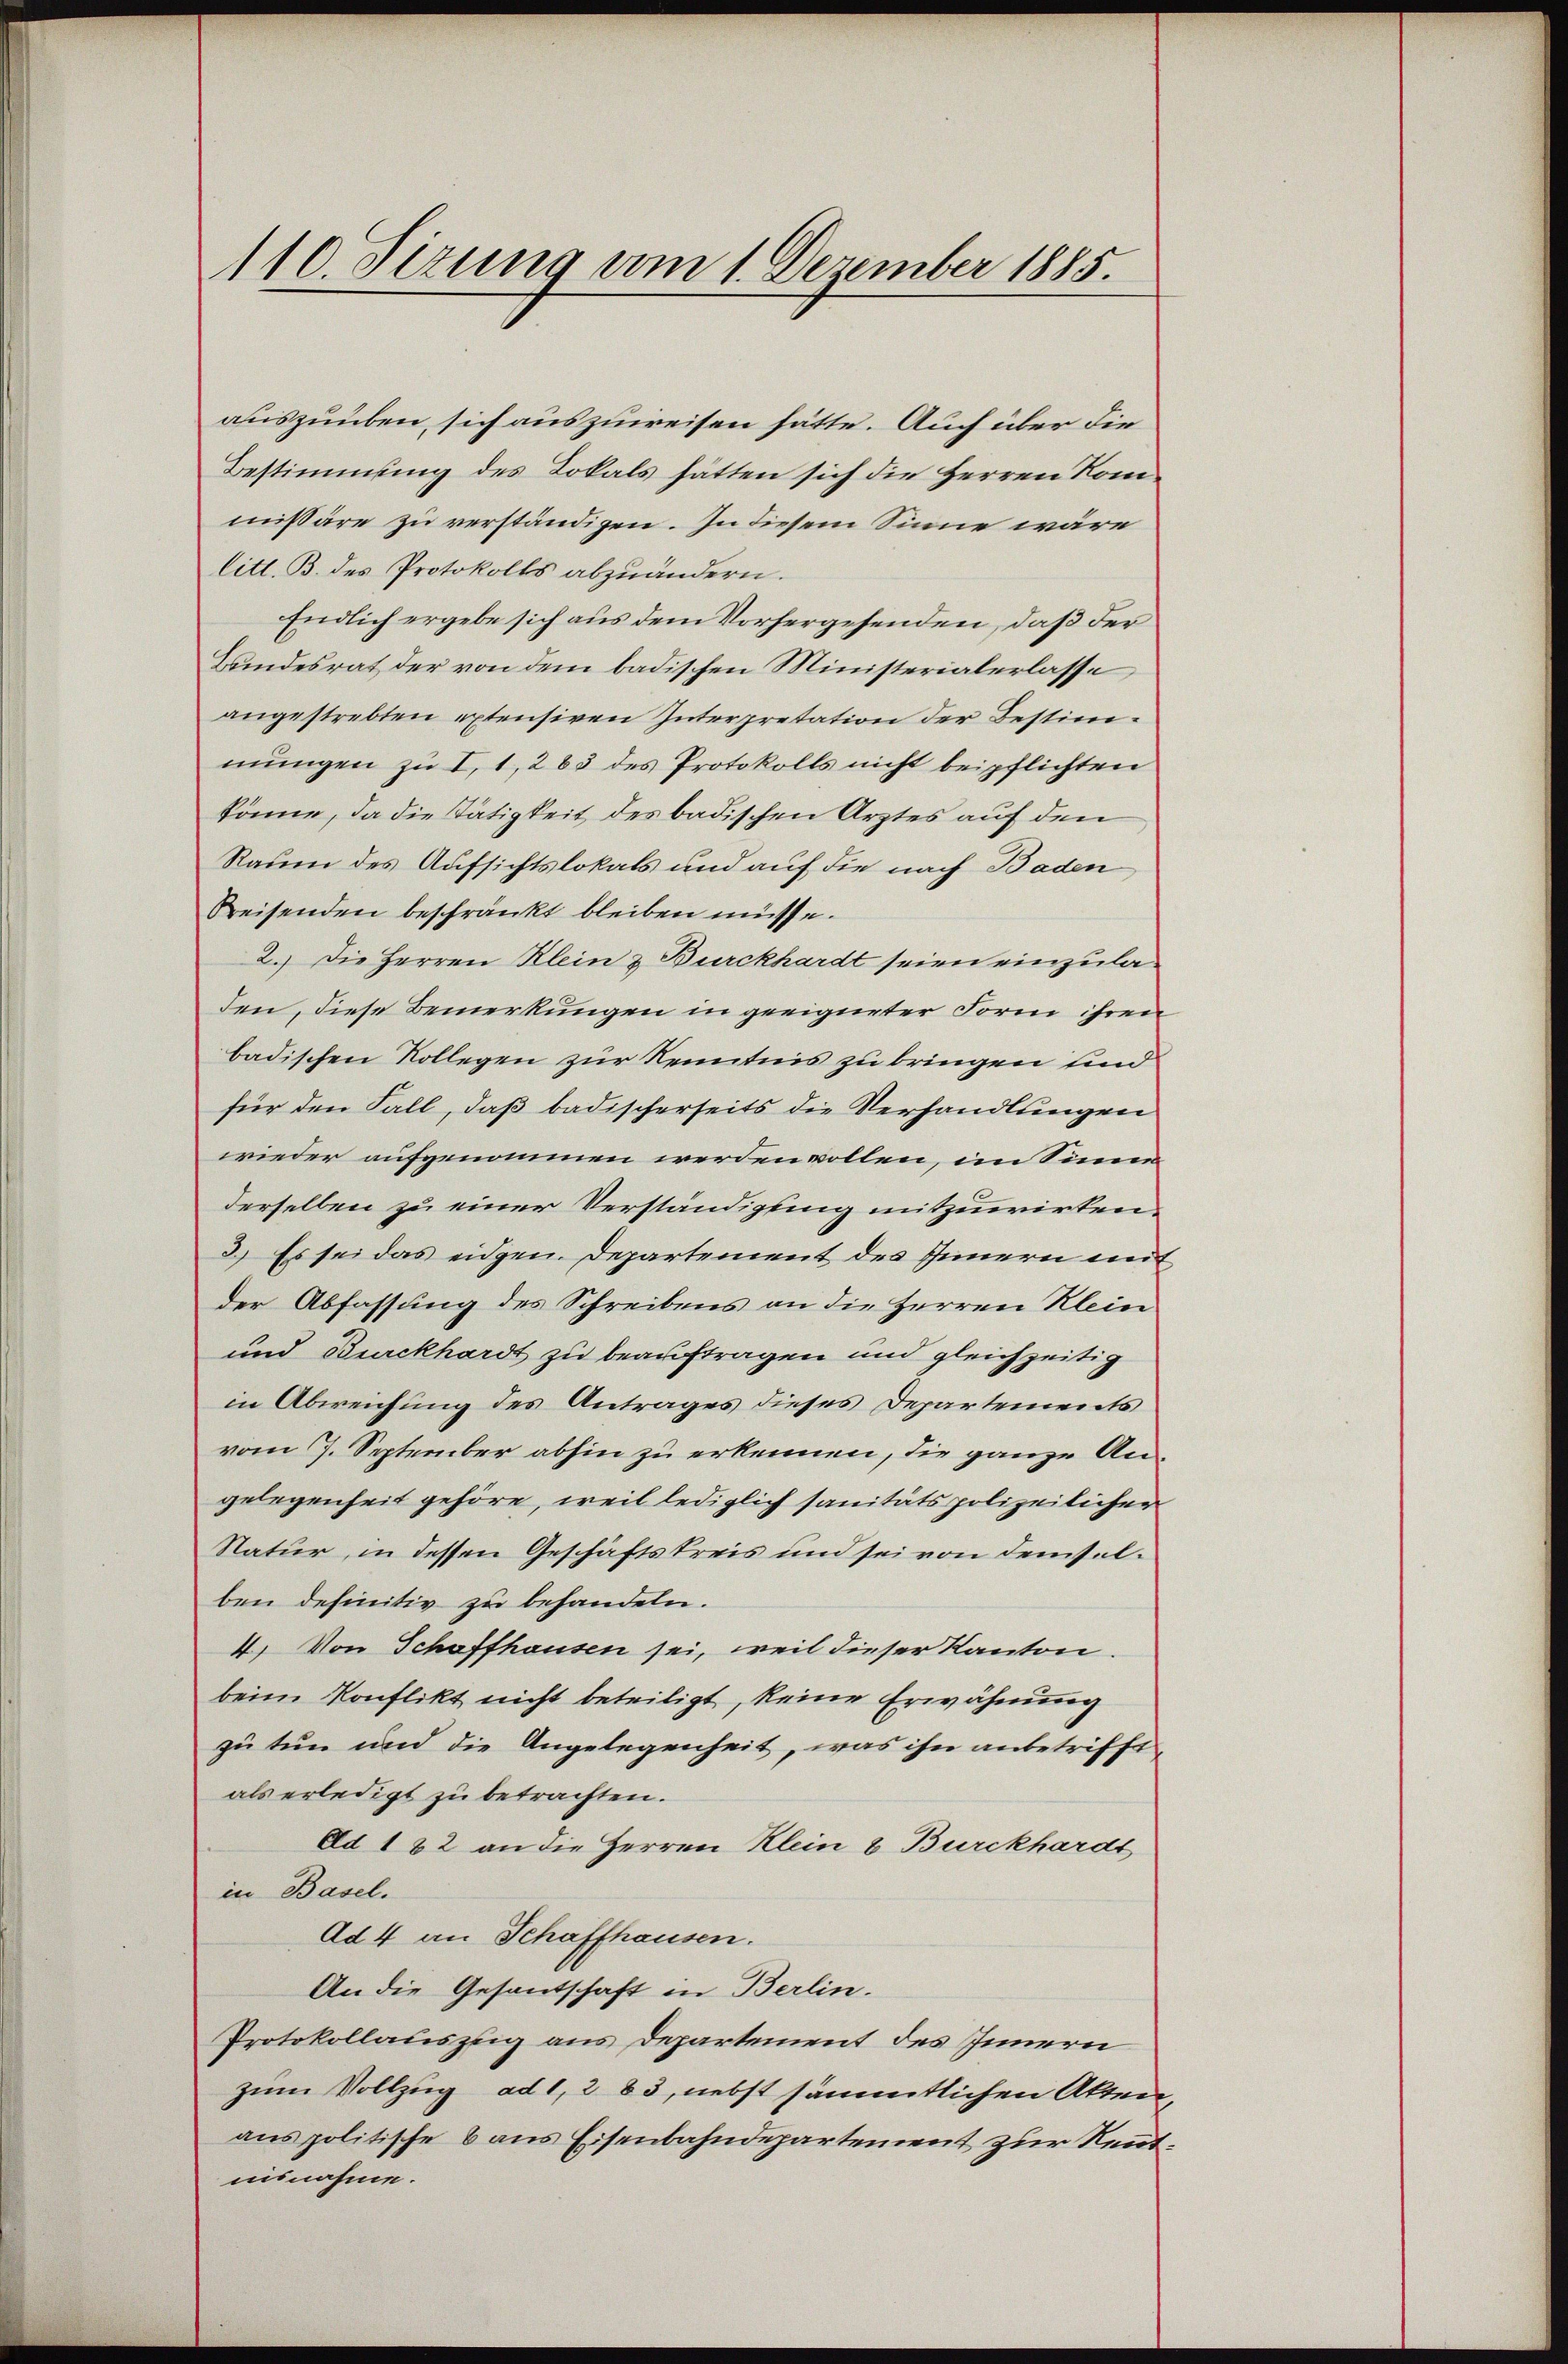
110. Sizung vom 1. Dezember 1885.

auszuüben, sich auszuweisen hätte. Auch über die
Bestimmung des Lokals hätten sich die Herren Kommissäre zu verständigen. In diesem Sinne wäre
litt. B. des Protokolls abzuändern.
Endlich ergebe sich aus dem Vorhergesenden, daß der
Bandesrat der von dem badischen Ministerialerlasse,
angestrebten extensiven Interpretation der Bestimmungen zu I, 1, 283 des Protokolls nicht beipflichten
könne, da die Tätigkeit des badischen Arztes auf den
Raum des Aufsichtslokals und auf die nach Baden
Kreisenden beschränkt bleiben müsse.
2.) Die Herren Klein & Burckhardt seien einzuladen, diese Bemerkungen in geeigneter Form ihren
badischen Kollegen zur Kenntnis zu bringen und
für den Fall, daß badischerseits die Verhandlungen
wieder aufgenommen werden vollen, im Sinne
derselben zu einer Verständigung mitzuwirken.
3.) Es sei das eidgen. Departement des Innern mit
der Abfassung des Schreibens an die Herren Klein
und Burckhardt zu beauftragen und gleichzeitig
in Abweichung des Antrages dieses Departements
vom 7. September abhin zu erkennen, die ganze Angelegenheit gehöre, weil lediglich sanitätspolizeilicher
Natur, in dessen Geschäftskreis und sei von demselben definitiv zu behandeln.
4. Von Schaffhausen sei, weil dieser Kanton.
beim Konflikt nicht beteiligt, keine Erwähnung
zu tun und die Angelegenheit, was ihn anbetrifft
als erledigt zu betrachten.
Ad 182 an die Herren Klein & Burckhardt
in Basel.
Ad 4 an Schaffhausen.
An die Gesantschaft in Berlin.
Protokollauszug aus Departement des Innern
zum Vollzug ad 1, 283, nebst sämmtlichen Akten,
aus politische 6 aus Eisenbahndepartement zur Kenntminnahme.